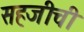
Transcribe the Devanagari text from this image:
सहजीची